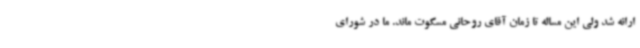
ارائه شد ولی این مساله تا زمان آقای روحانی مسکوت ماند. ما در شورای